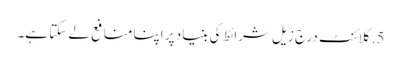
5. کلائنٹ درج زیل شرائط کی بنیاد پر اپنا منافع لے سکتا ہے۔